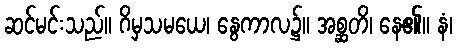
ဆင်မင်းသည်။ ဂိမှသမယေ၊ နွေကာလ၌။ အစ္ဆတိ၊ နေ၏။ နံ၊